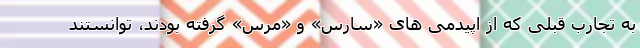
به تجارب قبلی که از اپیدمی های «سارس» و «مرس» گرفته بودند، توانستند